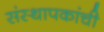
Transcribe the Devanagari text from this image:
संस्थापकांची